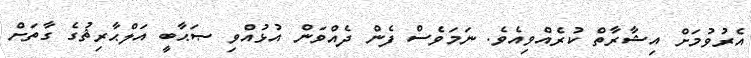
އެރުވުމަށް އިޝާރާތް ކުރެއްވިއެވެ. ނަމަވެސް ފެން ދެއްވަން އުޅުއްވި ޞަޙާބީ އަލްޙާރިޘުގެ ގާތަށް